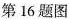
第16题图